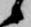
候